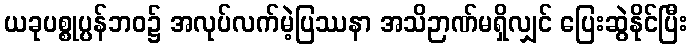
ယခုပစ္စုပ္ပန်ဘဝ၌ အလုပ်လက်မဲ့ပြဿနာ အသိဉာဏ်မရှိလျှင် ပြေးဆွဲနိုင်ပြီး